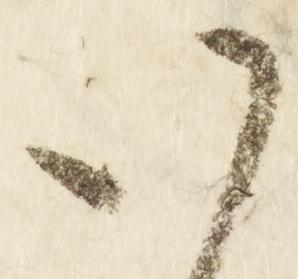
八